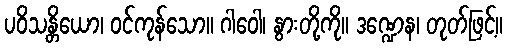
ပဝိသန္တိယော၊ ဝင်ကုန်သော။ ဂါဝေါ၊ နွားတို့ကို။ ဒဏ္ဍေန၊ တုတ်ဖြင့်။